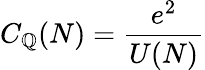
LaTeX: C_{\mathbb{Q}}(N)={\frac{{e^{2}}}{{U(N)}}}